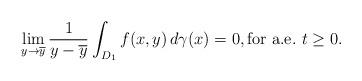
LaTeX: \begin{align*}\lim_{y\rightarrow\overline{y}}\frac{1}{y-\overline{y}}\int_{D_{1}}f(x,y)\,d\gamma(x)=0,\hbox{for a.e.}~t\geq0.\end{align*}